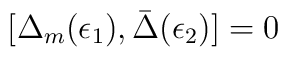
[\Delta_m (\epsilon_1), \bar\Delta (\epsilon_2)] = 0